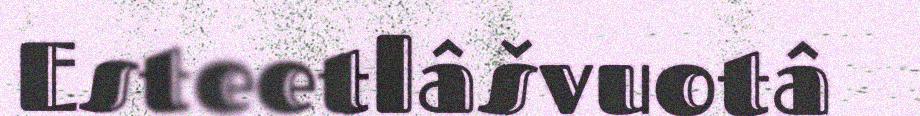
Esteetlâšvuotâ